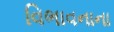
વિભાવનાના